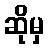
ဆိုမှ